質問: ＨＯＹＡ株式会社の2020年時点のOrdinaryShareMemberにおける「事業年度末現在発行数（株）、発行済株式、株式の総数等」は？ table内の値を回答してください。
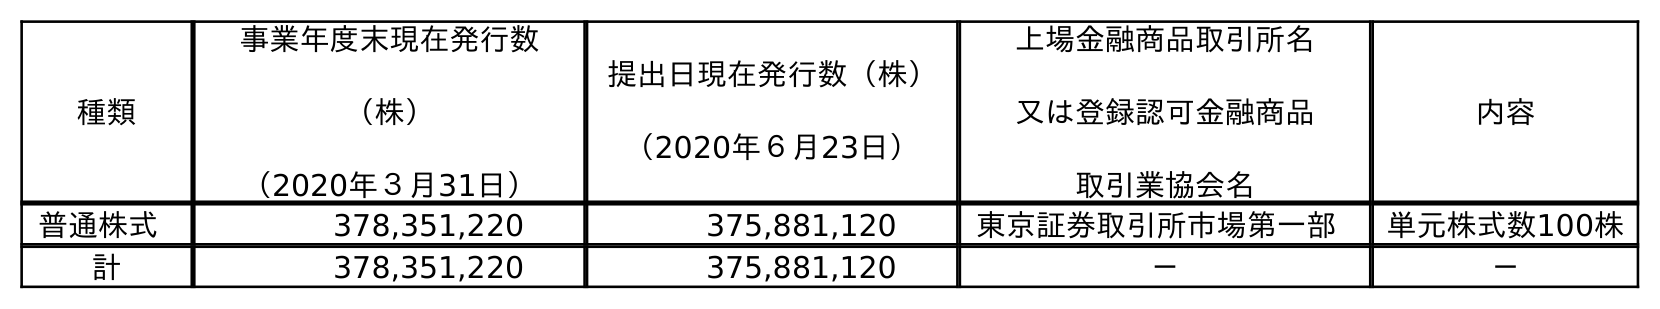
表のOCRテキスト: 種類 事業年度末現在発行数 （株） （2020年３月31日） 提出日現在発行数（株） （2020年６月23日） 上場金融商品取引所名 又は登録認可金融商品 取引業協会名 内容 普通株式 378,351,220 375,881,120 東京証券取引所市場第一部 単元株式数100株 計 378,351,220 375,881,120 － －
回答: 378,351,220